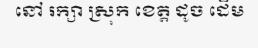
នៅ រក្សា ស្រុក ខេត្ត ដូច ដើម